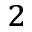
^ 2